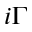
i \Gamma